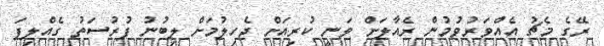
ރޭގެ މެޗު އެއްވަރުވުމުން ރެއާލަށް ވަނީ ކުރިއަށް ޖެހިލުމަށް ލިބުނު ފުރުސަތު ގެއްލިފަ